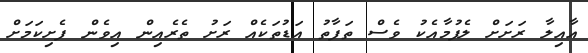
އާއިލާ ރަށަށް ލެފުމާއެކު ވެސް ތަފާތު އަޑުތަކެއް ރަށު ތެރެއިން އިވެން ފެށިކަމަށް